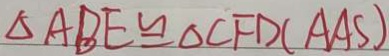
\Delta A B E \cong \Delta C F D ( A A S )